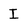
Character: I